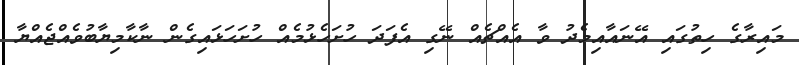
މައިރާގެ ހިތުގައި އޭނައާއިމެދު ވާ އެއްޗެއް ނޭގި އެފަދަ ހުށަހެޅުމެއް ހުށަހަޅައިގެން ނާކާމިޔާބުވެއްޖެއްޔާ